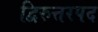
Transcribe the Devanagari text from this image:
द्विरुत्तरपद